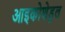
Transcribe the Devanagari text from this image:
आइकोशेड्रल